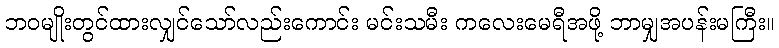
ဘဝမျိုးတွင်ထားလျှင်သော်လည်းကောင်း မင်းသမီး ကလေးမေရီအဖို့ ဘာမျှအပန်းမကြီး။